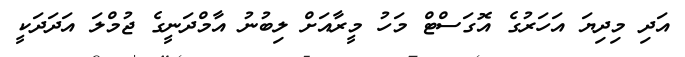
އަދި މިދިޔަ އަހަރުގެ އޮގަސްޓް މަހު މީރާއަށް ލިބުނު އާމްދަނީގެ ޖުމްލަ އަދަދަކީ